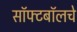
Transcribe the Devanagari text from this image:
सॉफ्टबॉलचे